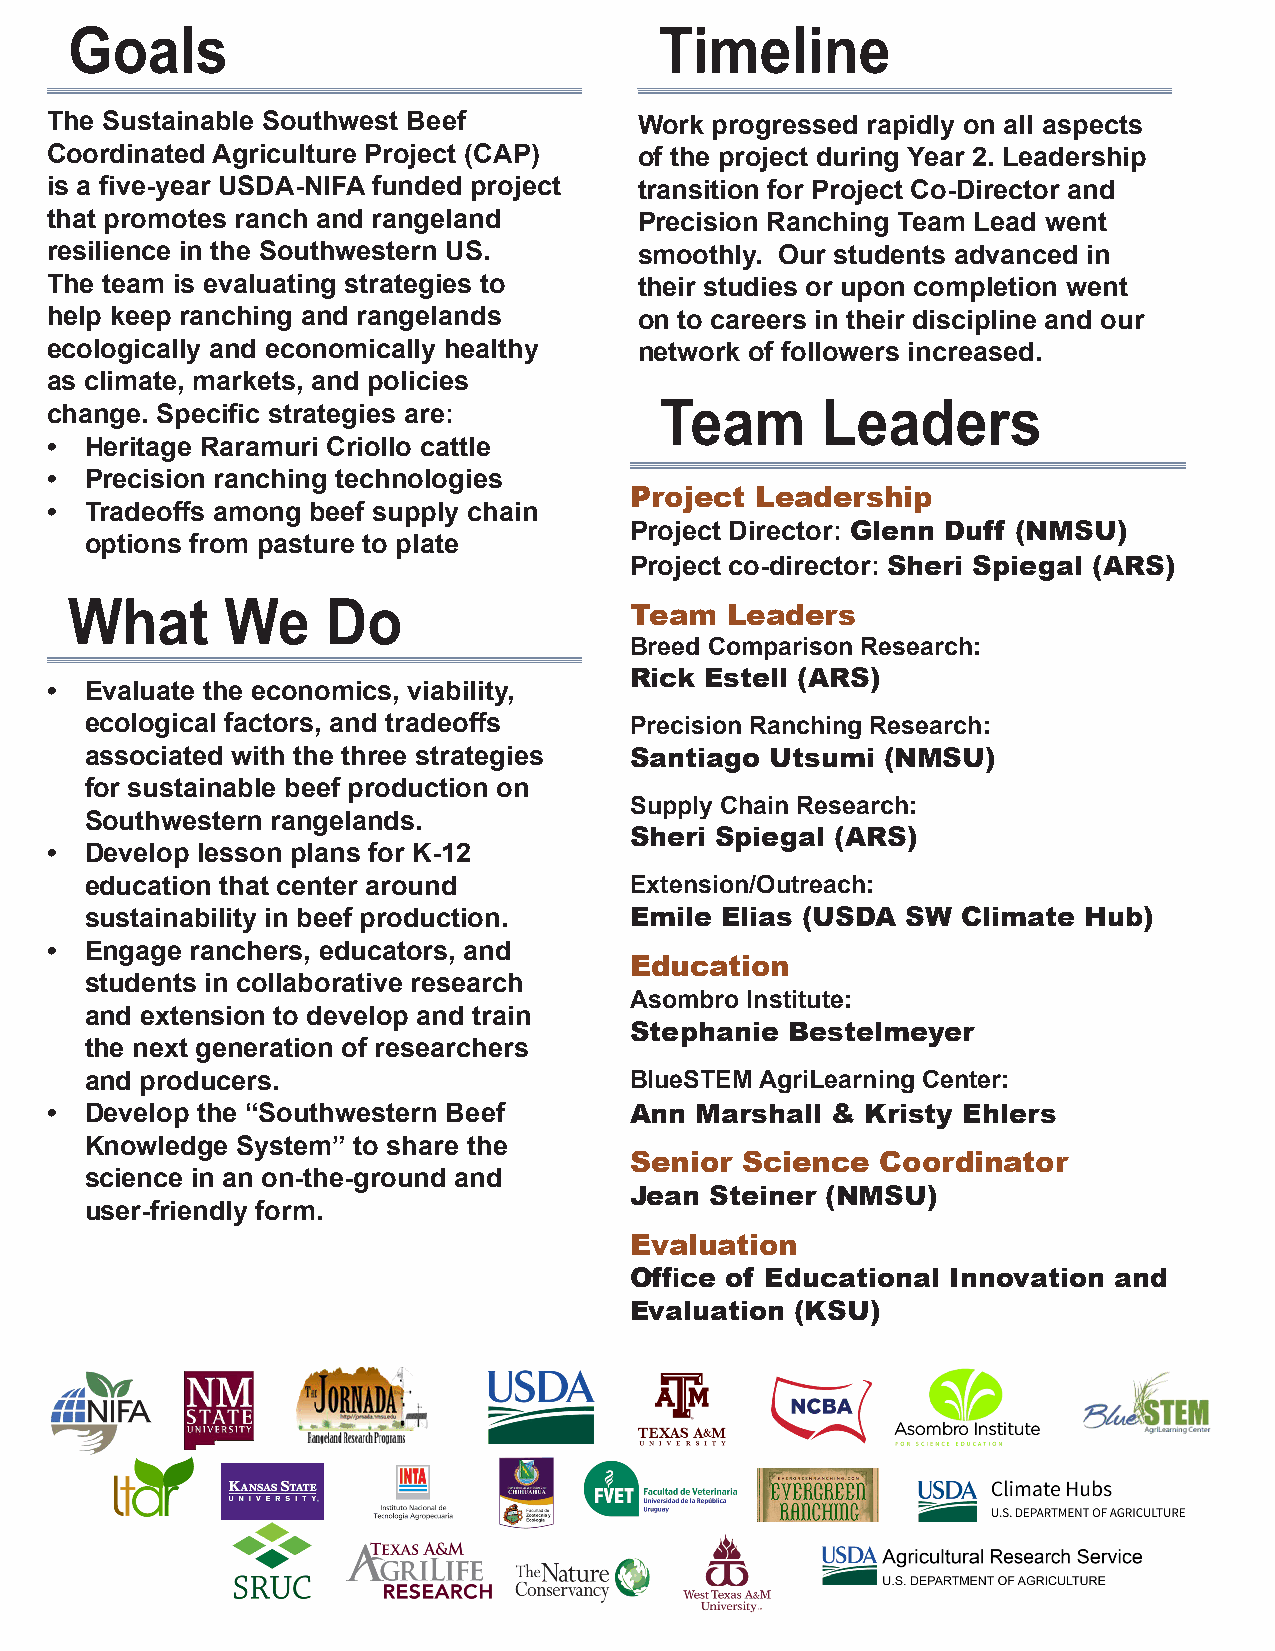
Goals                                  Timeline
 The Sustainable Southwest Beef         Work progressed rapidly on all aspects
 Coordinated Agriculture Project (CAP)  of the project during Year 2. Leadership
 is a five-year USDA-NIFA funded project transition for Project Co-Director and
 that promotes ranch and rangeland      Precision Ranching Team Lead went
 resilience in the Southwestern US.     smoothly. Our students advanced in
 The team is evaluating strategies to   their studies or upon completion went
 help keep ranching and rangelands      on to careers in their discipline and our
 ecologically and economically healthy  network of followers increased.
 as climate, markets, and policies
 change. Specific strategies are:         Team      Leaders
 •  Heritage Raramuri Criollo cattle
 •  Precision ranching technologies
 Project Leadership
 •  Tradeoffs among beef supply chain
 Project Director: Glenn Duff (NMSU)
 options from pasture to plate
 Project co-director: Sheri Spiegal (ARS)
 What      We     Do                  Team  Leaders
 Breed Comparison Research:
 Rick Estell (ARS)
 •  Evaluate the economics, viability,
 ecological factors, and tradeoffs   Precision Ranching Research:
 associated with the three strategies Santiago Utsumi (NMSU)
 for sustainable beef production on
 Supply Chain Research:
 Southwestern rangelands.
 Sheri Spiegal (ARS)
 •  Develop lesson plans for K-12
 education that center around        Extension/Outreach:
 sustainability in beef production.  Emile Elias (USDA SW  Climate Hub)
 •  Engage ranchers, educators, and
 Education
 students in collaborative research
 Asombro Institute:
 and extension to develop and train
 Stephanie Bestelmeyer
 the next generation of researchers
 and producers.                      BlueSTEM AgriLearning Center:
 •  Develop the “Southwestern Beef      Ann Marshall & Kristy Ehlers
 Knowledge System” to share the
 Senior Science  Coordinator
 science in an on-the-ground and
 Jean Steiner (NMSU)
 user-friendly form.
 Evaluation
 Office of Educational Innovation and
 Evaluation (KSU)